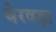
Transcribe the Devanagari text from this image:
थेरवड़ा